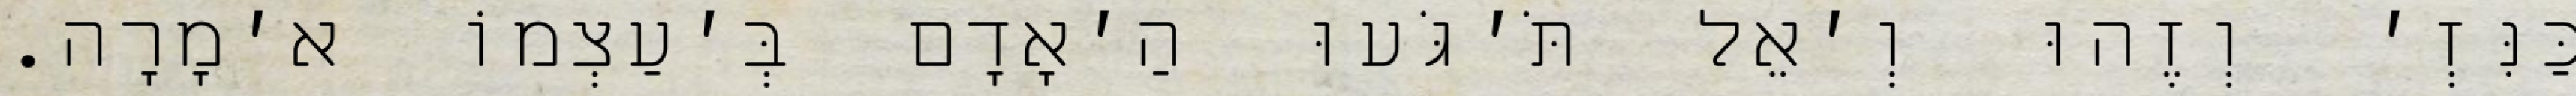
כַּנִּזְ׳ וְזֶהוּ וְ׳אֵל תֹּ׳גֹּעוּ הַ׳אָדָם בְּ׳עַצְמוֹ א׳מָרָה.